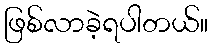
ဖြစ်လာခဲ့ရပါတယ်။